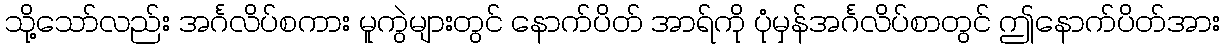
သို့သော်လည်း အင်္ဂလိပ်စကား မူကွဲများတွင် နောက်ပိတ် အာရ်ကို ပုံမှန်အင်္ဂလိပ်စာတွင် ဤနောက်ပိတ်အား